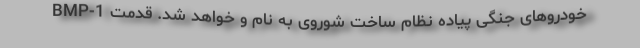
خودروهای جنگی پیاده نظام ساخت شوروی به نام و خواهد شد. قدمت BMP-1